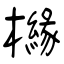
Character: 櫞